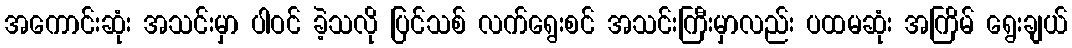
အကောင်းဆုံး အသင်းမှာ ပါဝင် ခဲ့သလို ပြင်သစ် လက်ရွေးစင် အသင်းကြီးမှာလည်း ပထမဆုံး အကြိမ် ရွေးချယ်